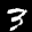
Label: 3